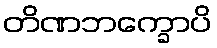
တိဏဘက္ခောပိ